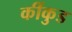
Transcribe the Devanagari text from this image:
कींकुड